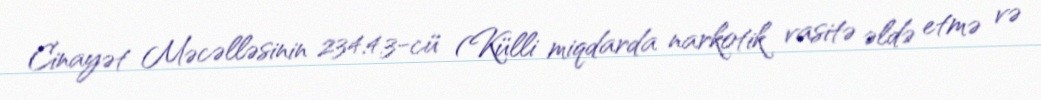
Cinayət Məcəlləsinin 234.4.3-cü (Külli miqdarda narkotik vasitə əldə etmə və